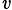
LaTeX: _\mathit{v}